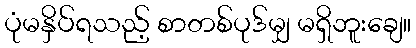
ပုံမနှိပ်ရသည့် စာတစ်ပုဒ်မျှ မရှိဘူးချေ။